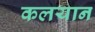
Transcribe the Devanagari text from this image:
कलयान